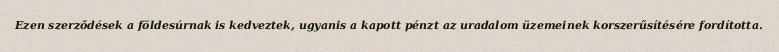
Ezen szerződések a földesúrnak is kedveztek, ugyanis a kapott pénzt az uradalom üzemeinek korszerűsítésére fordította.